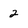
Character: 2